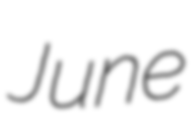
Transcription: June